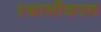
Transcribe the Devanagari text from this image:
स्थानीकरन